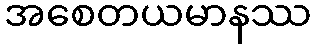
အစေတယမာနဿ